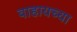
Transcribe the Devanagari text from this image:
वाहायच्या